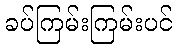
ခပ်ကြမ်းကြမ်းပင်